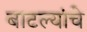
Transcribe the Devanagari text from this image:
बाटल्यांचे